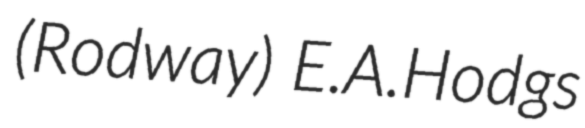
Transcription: (Rodway) E.A.Hodgs